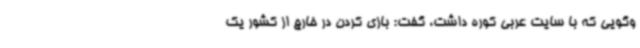
‌وگویی که با سایت عربی کوره داشت، گفت: بازی کردن در خارج از کشور یک